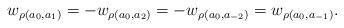
LaTeX: \begin{align*}w_{\rho(a_0, a_1)} = - w_{\rho(a_0, a_2)} = - w_{\rho(a_0, a_{-2})} = w_{\rho(a_0, a_{-1})}.\end{align*}